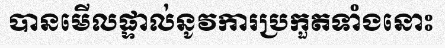
បានមើលផ្ទាល់នូវការប្រកួតទាំងនោះ